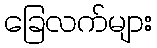
ခြေလက်များ